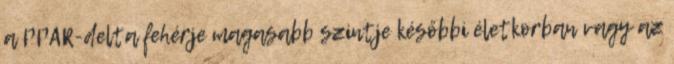
a PPAR-delta fehérje magasabb szintje későbbi életkorban vagy az